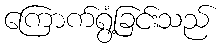
ကြောက်ရွံ့ခြင်းသည်